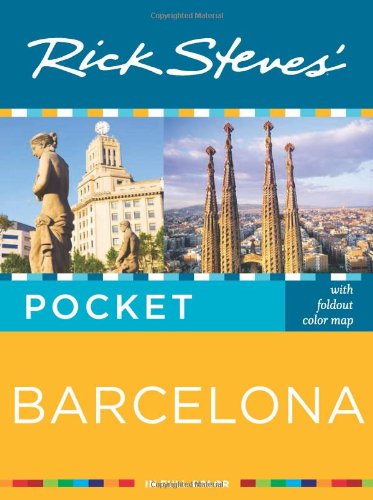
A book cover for Rick Steves' Pocket Barcelona; Rick Steves; Travel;